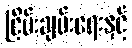
ငြိမ်းချမ်းရေးနှင့်